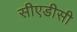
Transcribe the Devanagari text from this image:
सीएडीसी